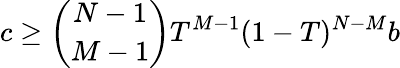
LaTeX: c\geq\binom{N-1}{M-1}T^{M-1}(1-T)^{N-M}b